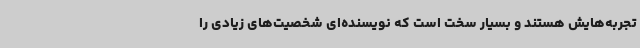
تجربه‌هایش هستند و بسیار سخت است که نویسنده‌ای شخصیت‌های زیادی را